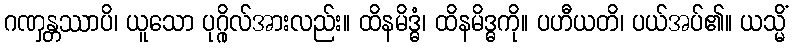
ဂဏှန္တဿာပိ၊ ယူသော ပုဂ္ဂိုလ်အားလည်း။ ထိနမိဒ္ဓံ၊ ထိနမိဒ္ဓကို။ ပဟီယတိ၊ ပယ်အပ်၏။ ယသ္မိံ